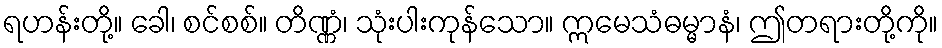
ရဟန်းတို့။ ခေါ၊ စင်စစ်။ တိဏ္ဏံ၊ သုံးပါးကုန်သော။ ဣမေသံဓမ္မာနံ၊ ဤတရားတို့ကို။